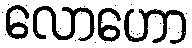
လောဟော